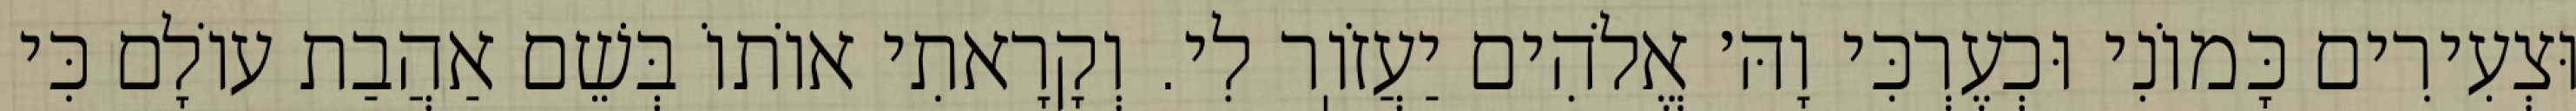
וּצְעִירִים כָּמוֹנִי וּכְעֶרְכִּי וָהּ׳ אֱלֹהִים יַעֲזֹוֽר לִי. וְקָרָאתִי אוֹתוֹ בְּשֵׁם אַהֲבַת עוֹלָם כִּי